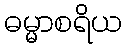
ဓမ္မာစရိယ